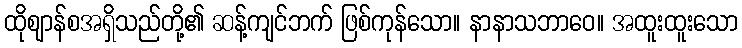
ထိုဈာန်စအရှိသည်တို့၏ ဆန့်ကျင်ဘက် ဖြစ်ကုန်သော။ နာနာသဘာဝေ။ အထူးထူးသော